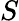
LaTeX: S